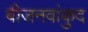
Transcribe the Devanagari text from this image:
बीजनवांकुद